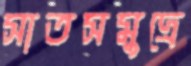
সাতসমুদ্রে